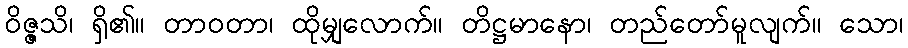
ဝိဇ္ဇသိ၊ ရှိ၏။ တာဝတာ၊ ထိုမျှလောက်။ တိဋ္ဌမာနော၊ တည်တော်မူလျက်။ သော၊